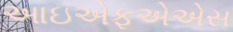
આઇએફએએસ